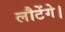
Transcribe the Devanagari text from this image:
लौटेंगे।